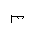
Letter: _mim